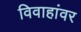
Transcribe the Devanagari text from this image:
विवाहांवर